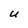
Character: U